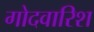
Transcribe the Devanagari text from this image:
गोदवारिश